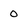
Character: 0